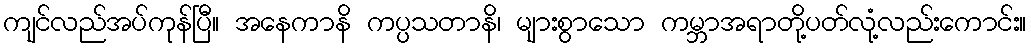
ကျင်လည်အပ်ကုန်ပြီ။ အနေကာနိ ကပ္ပသတာနိ၊ များစွာသော ကမ္ဘာအရာတို့ပတ်လုံ့လည်းကောင်း။